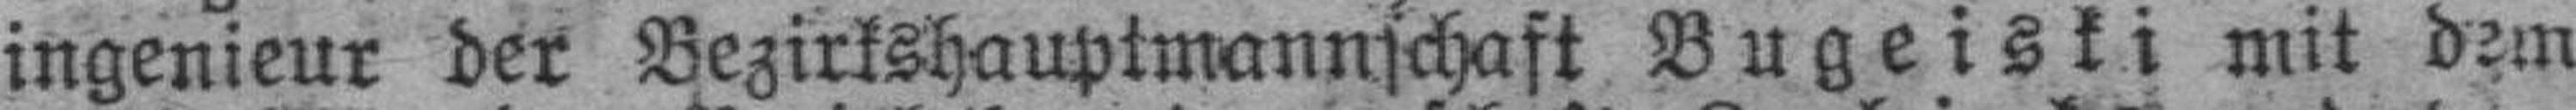
ingenieur der Bezirkshauptmannschaft Bugeiski mit dem